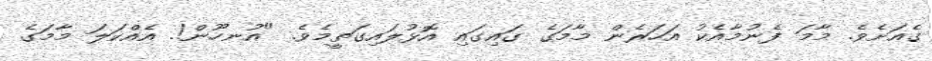
ގެއަށެވެ. މާމަ ފެނުމާއެކު އަހަރެން މާމަގެ ގައިގައި އޮޅުލައިގަތީމެވެ. "އުނހޫން!. އެއްކަލަ މާމަގެ